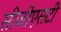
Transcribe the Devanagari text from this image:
सीजीएसटी